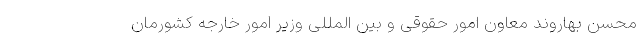
محسن بهاروند معاون امور حقوقی و بین المللی وزیر امور خارجه کشورمان